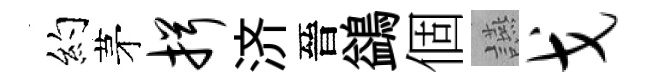
約茅揖济晉鷁個讌戈